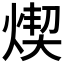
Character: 𤋸